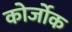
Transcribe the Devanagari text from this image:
कोर्जोक